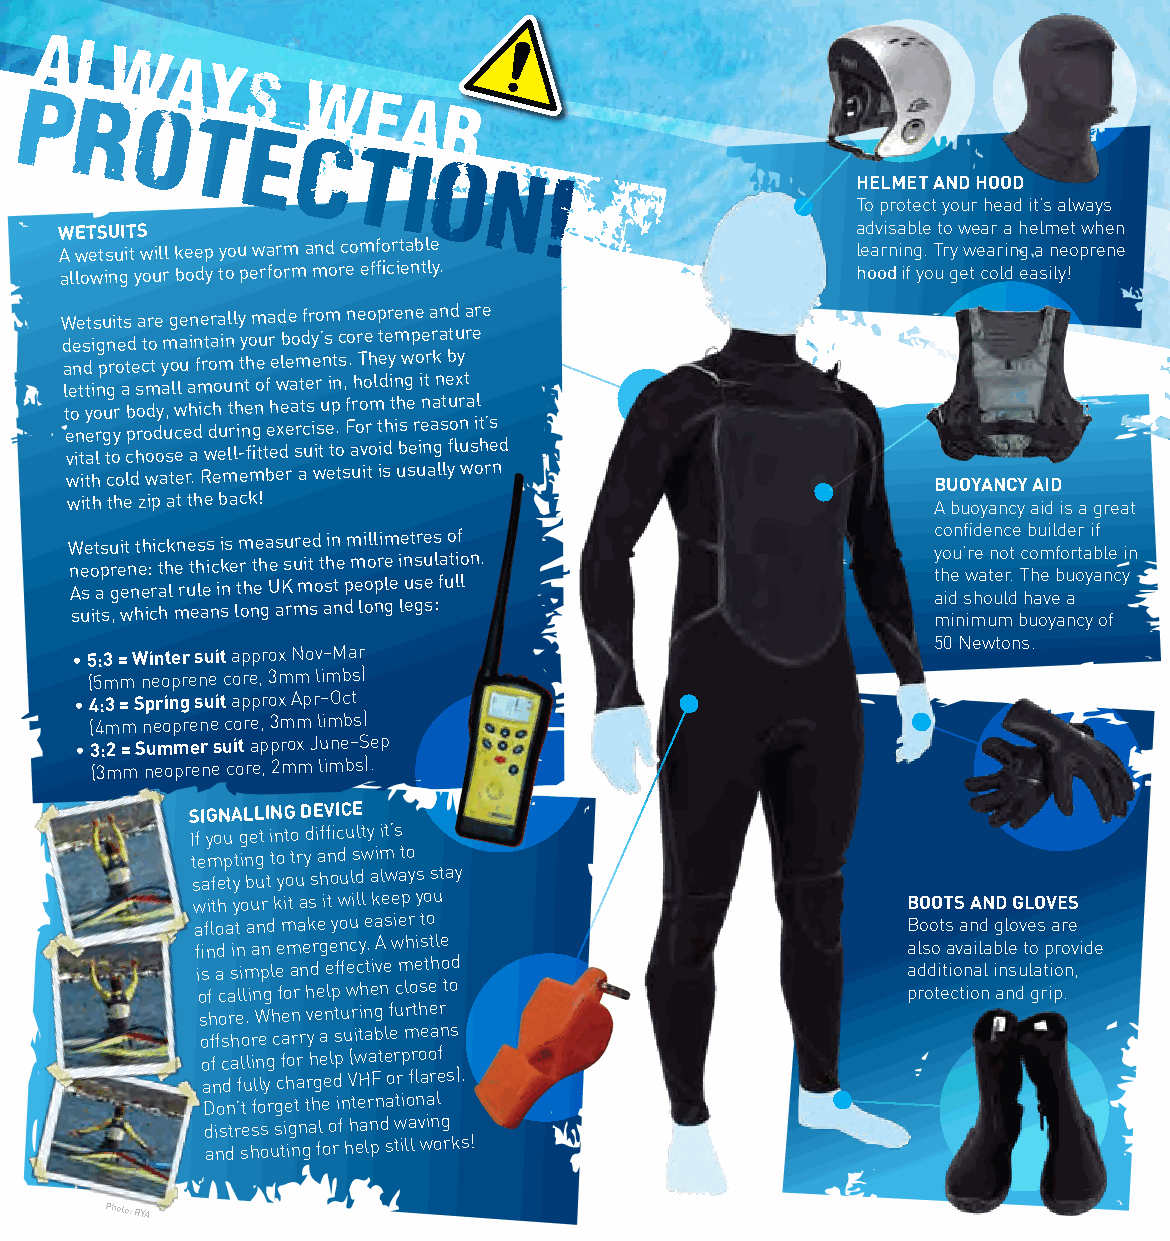
al
 w
 ay
 s
 p                  w   e
 r                     a
 o                    r
 t
 e
 c
 ti
 o
 n!                       HELmET AND HOOD
 To protect your head it’s always
 WETSUITS                                             advisable to wear a helmet when
 A wetsuit will keep you warm and comfortable         learning. Try wearing a neoprene
 allowing your body to perform more efficiently.      hood if you get cold easily!
 Wetsuits are generally made from neoprene and are
 designed to maintain your body’s core temperature
 and protect you from the elements. They work by
 letting a small amount of water in, holding it next
 to your body, which then heats up from the natural
 energy produced during exercise. For this reason it’s
 vital to choose a well-fitted suit to avoid being flushed
 with cold water. Remember a wetsuit is usually worn       BUOYANCY AID
 with the zip at the back!                                 A buoyancy aid is a great
 W n A se use o
 i
 t taps
 s
 u r g
 ,
 ei e wt n n ht e eh i: cri c t a hhk l men r ue t ehs l aes i nc ii k sns e ltm r oh nt ee h
 g
 a Ue s
 a
 Ksu ru
 m
 r me it sd o t ashin t ne dp m m e li oooll nprim e gle i
 l
 e n u et s gsr ue e ss :l fa uo t lif o l n. c y t a mhoo id ieun
 n
 ’fi sw ir mhd e a oe utn un e mo lc r dt .e
 b
 Tc hb uo h au m oe vi
 y
 el bf ad o u nae r o cr ta y yi ab f
 o
 nl fe c yin
 50 Newtons.
 • 5 :3 = Winter suit approx Nov–Mar
 (5mm neoprene core, 3mm limbs)
 • 4 :3 = Spring suit approx Apr–Oct
 (4mm neoprene core, 3mm limbs)
 • 3 :2 = Summer suit approx June−Sep
 (3mm neoprene core, 2mm limbs).
 SIGNALLING DEvICE
 If you get into difficulty it’s
 tempting to try and swim to
 safety but you should always stay
 with your kit as it will keep you              BOOTS AND GLOvES
 afloat and make you easier to                  Boots and gloves are
 find in an emergency. A whistle                also available to provide
 is a simple and effective method               additional insulation,
 of calling for help when close to              protection and grip.
 shore. When venturing further
 offshore carry a suitable means
 of calling for help (waterproof
 and fully charged VHF or flares).
 Don’t forget the international
 distress signal of hand waving
 and shouting for help still works!
 Photo: RYA